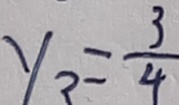
y _ { 3 } = \frac { 3 } { 4 }